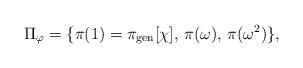
LaTeX: \begin{align*}\Pi_{\varphi} =\{ \pi(1)=\pi_{\rm gen} [\chi], \, \pi(\omega), \, \pi(\omega^2)\},\end{align*}